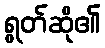
ရွတ်ဆို၏